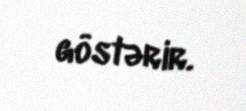
göstərir.